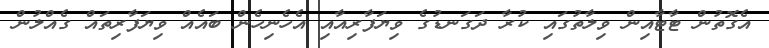
އެގޮތުން ޓާޓާއިން ވިލާތުގައި ކުރާ ދަގަނޑުގެ ވިޔަފާރިއާއި އެހެނިހެން ބައެއް ވިޔަފާރިތައް ގެއްލުން